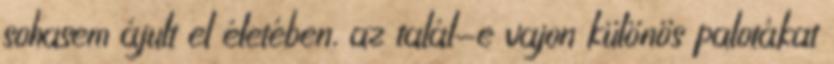
sohasem ájult el életében, az talál-e vajon különös palotákat